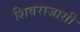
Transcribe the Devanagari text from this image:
शिवराजासी